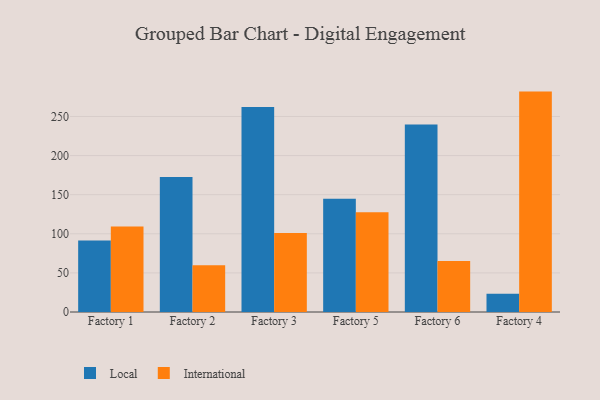
{"axis": {"x": "Factory", "y": "Demand Index"}, "legend": ["International", "Local"], "data": [{"x": "Factory 1", "y": 91.3, "type": "Local"}, {"x": "Factory 1", "y": 109.2, "type": "International"}, {"x": "Factory 2", "y": 172.7, "type": "Local"}, {"x": "Factory 2", "y": 59.8, "type": "International"}, {"x": "Factory 3", "y": 262.1, "type": "Local"}, {"x": "Factory 3", "y": 101.0, "type": "International"}, {"x": "Factory 5", "y": 144.9, "type": "Local"}, {"x": "Factory 5", "y": 127.6, "type": "International"}, {"x": "Factory 6", "y": 239.6, "type": "Local"}, {"x": "Factory 6", "y": 65.1, "type": "International"}, {"x": "Factory 4", "y": 23.2, "type": "Local"}, {"x": "Factory 4", "y": 281.8, "type": "International"}]}